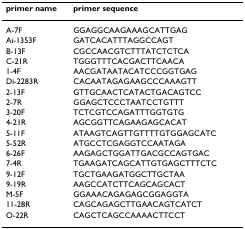
| primer name | primer sequence |
 | --- | --- |
 | A-7F | GGAGGCAAGAAAGCATTGAG |
 | Ai-1353F | GATCACATTTAGGCCAGT |
 | B-13F | CGCCAACGTCTTTATCTCTCA |
 | C-21R | TGGGTTTCACGACTTCAACA |
 | 1-4F | AACGATAATACATCCCGGTGAG |
 | Di-2283R | CACAATAGAGAAGCCCAAAGTT |
 | 2-13F | GTTGCAACTCATACTGACAGTCC |
 | 2-7R | GGAGCTCCCTAATCCTGTTT |
 | 3-20F | TCTCGTCCAGATTTGGTGTG |
 | 4-21R | AGCGGTTCAGAAGAGCACAT |
 | 5-11F | ATAAGTCAGTTGTTTTGTGGAGCATC |
 | 5-52R | ATGCCTCGAGGTCCAATAGA |
 | 6-26F | AAGAGCTGGATTGACGCCAGTGAC |
 | 7-4R | TGAAGATCAGCATTGTGAGCTTTCTC |
 | 9-12F | TGCTGAAGATGGCTTGCTAA |
 | 9-19R | AAGCCATCTTCAGCAGCACT |
 | M-5F | GGAAACAGAGAGCGGAGGTA |
 | 11-28R | CAGCAGAGCTTGAACAGTCATCT |
 | O-22R | CAGCTCAGCCAAAACTTCCT |